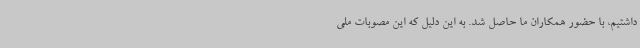
داشتیم، با حضور همکاران ما حاصل شد. به این دلیل که این مصوبات ملی